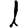
Digit: 1